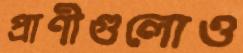
প্রাণীগুলোও